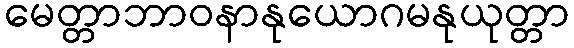
မေတ္တာဘာဝနာနုယောဂမနုယုတ္တာ